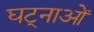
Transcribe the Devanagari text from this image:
घट्नाओं